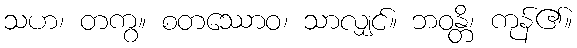
သဟ၊ တကွ။ စတဿောဝ၊ သာလျှင်။ ဘဝန္တိ၊ ကုန်၏။